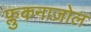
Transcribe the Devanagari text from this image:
फ्लुकनाज़ोल